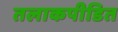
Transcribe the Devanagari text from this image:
तलाकपीडित